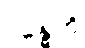
ဂန္ဓေဟိ